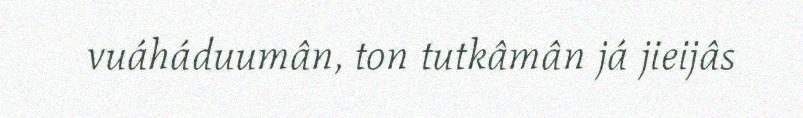
vuáháduumân, ton tutkâmân já jieijâs